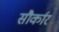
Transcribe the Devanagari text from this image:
सौर्कार